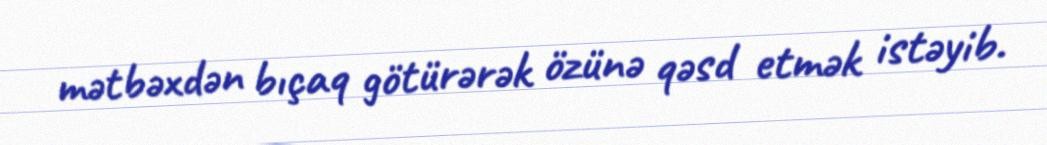
mətbəxdən bıçaq götürərək özünə qəsd etmək istəyib.